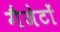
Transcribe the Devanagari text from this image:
गैजेटों